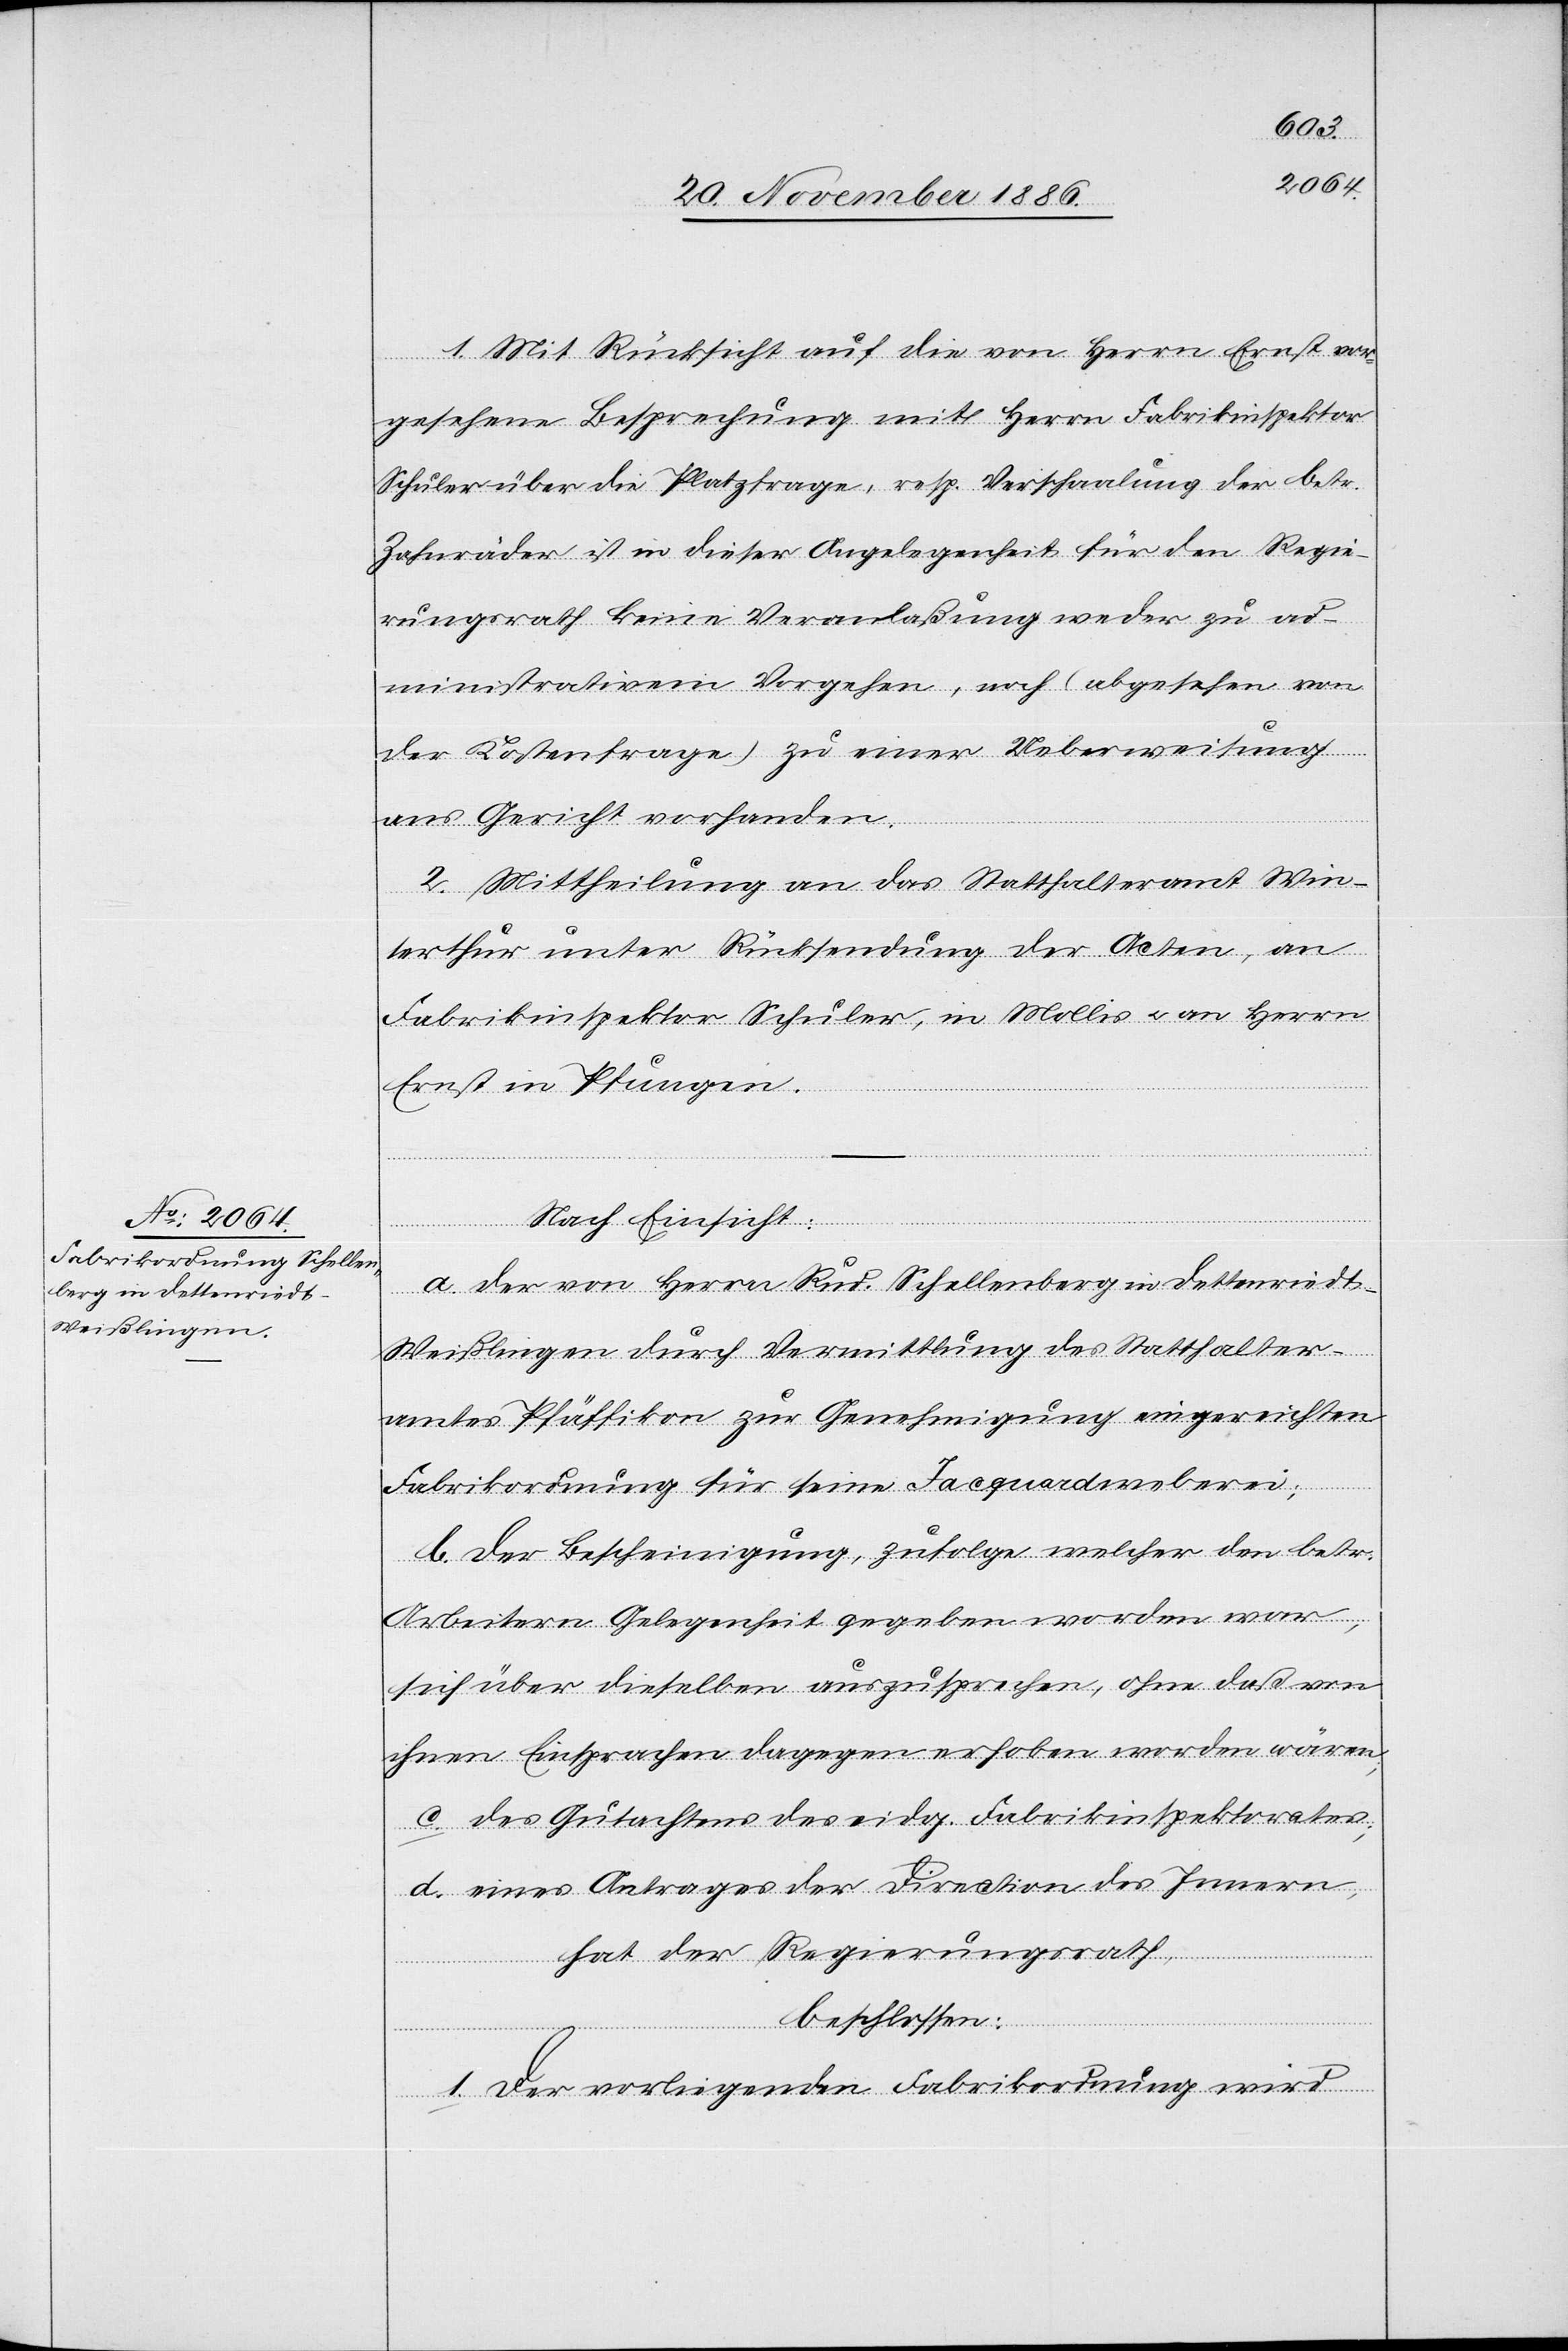
1. Mit Rücksicht auf die von Herrn Ernst vor¬
gesehene Besprechung mit Herrn Fabrikinspektor
Schuler über die Platzfrage, resp. Verschaalung der betr.
Zahnräder ist in dieser Angelegenheit für den Regie¬
rungsrath keine Veranlaßung weder zu ad¬
ministrativem Vorgehen, noch (abgesehen von
der Kostenfrage) zu einer Ueberweisung
ans Gericht vorhanden.
2. Mittheilung an das Statthalteramt Win¬
terthur unter Rücksendung der Acten, an
Fabrikinspektor Schuler, in Mollis & an Herrn
Ernst in Pfungen.
Nach Einsicht:
a. der von Herrn Rud. Schellenberg in Dettenriedt
Weißlingen durch Vermittlung des Statthalter¬
amtes Pfäffikon zur Genehmigung eingereichten
Fabrikordnung für seine Jacquardweberei;
b. der Bescheinigung, zufolge welcher den betr.
Arbeitern Gelegenheit gegeben worden war,
sich über dieselben auszusprechen, ohne daß von
ihnen Einsprachen dagegen erhoben worden wären;
c. des Gutachtens des eidg. Fabrikinspektorates;
d. eines Antrages der Direction des Innern,
hat der Regierungsrath,
beschlossen:
1. Der vorliegenden Fabrikordnung wird